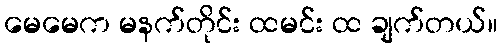
မေမေက မနက်တိုင်း ထမင်း ထ ချက်တယ်။